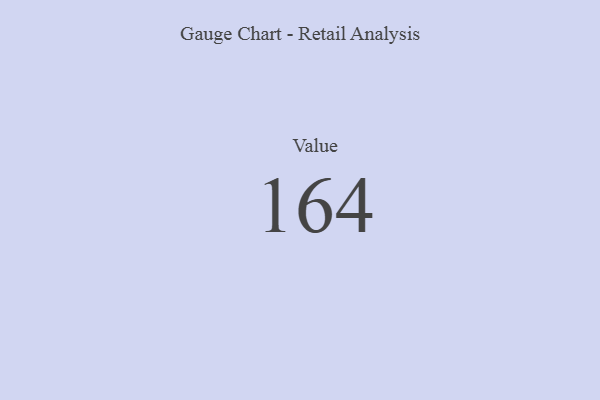
{"axis": {"x": "Metric", "y": "Value"}, "legend": [""], "data": [{"x": "Value", "y": 164, "type": ""}]}